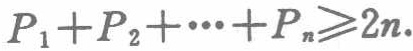
$P_{1}+P_{2}+\cdots+P_{n}\geqslant2n.$